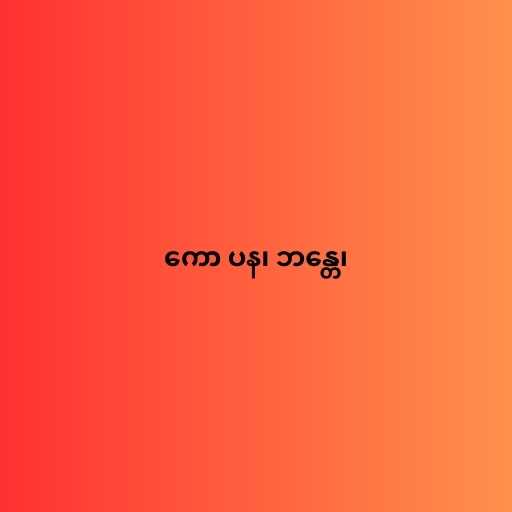
ကော ပန၊ ဘန္တေ၊